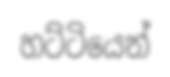
හට්ටියෙන්